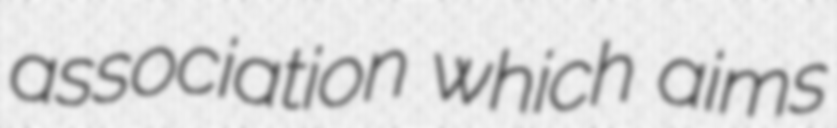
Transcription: association which aims